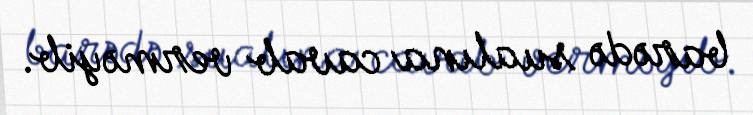
barədə sualına cavab verməyib.